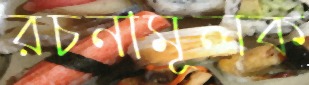
রচনামূলক